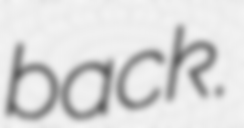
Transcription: back.